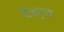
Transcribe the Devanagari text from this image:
पैन्ट्स